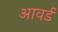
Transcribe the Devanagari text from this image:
आवर्ड